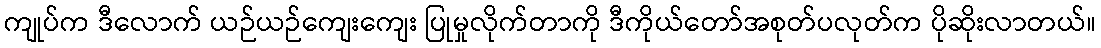
ကျုပ်က ဒီလောက် ယဉ်ယဉ်ကျေးကျေး ပြုမှုလိုက်တာကို ဒီကိုယ်တော်အစုတ်ပလုတ်က ပိုဆိုးလာတယ်။